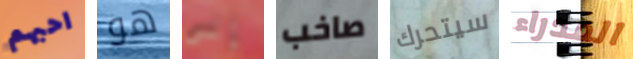
احبهم هو إلى صاخب سيتحرك المدراء